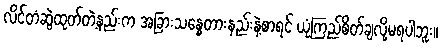
လိင်တံဆွဲထုတ်တဲ့နည်းက အခြားသန္ဓေတားနည်းနဲ့စာရင် ယုံကြည်စိတ်ချလို့မရပါဘူး။